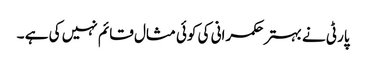
پارٹی نے بہتر حکمرانی کی کوئی مثال قائم نہیں کی ہے ۔